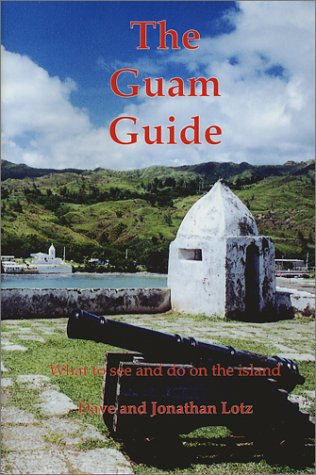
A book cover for The Guam Guide; Dave Lotz; Travel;